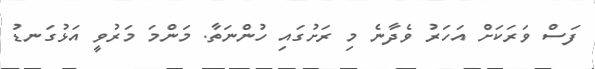
ފަސް ވަރަކަށް އަހަރު ވެދާނެ މި ރަށުގައި ހުންނަތާ. މަންމަ މަރުވީ އަޅުގަނޑު